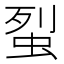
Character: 𧊿